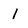
Character: l